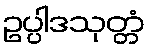
ဥပ္ပါဒသုတ္တံ